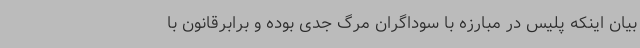
بیان اینکه پلیس در مبارزه با سوداگران مرگ جدی بوده و برابرقانون با